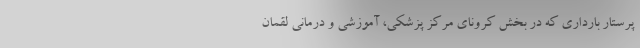
پرستار بارداری که در بخش کرونای مرکز پزشکی، آموزشی و درمانی لقمان